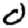
Digit: 0